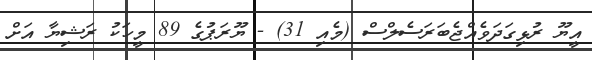
އީޔޫ ރުޅިގަދަވެއްޖެބަރަސެލްސް (މެއި 31) - ޔޫރަޕުގެ 89 މީހަކު ރަޝިޔާ އަށް